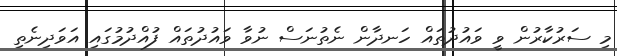
މި ސަރުކާރުން ވީ ވައުދުތައް ހަނދާން ނެތުނަސް ނުވާ ވައުދުތައް ފުއްދުމުގައި އަވަދިނެތި